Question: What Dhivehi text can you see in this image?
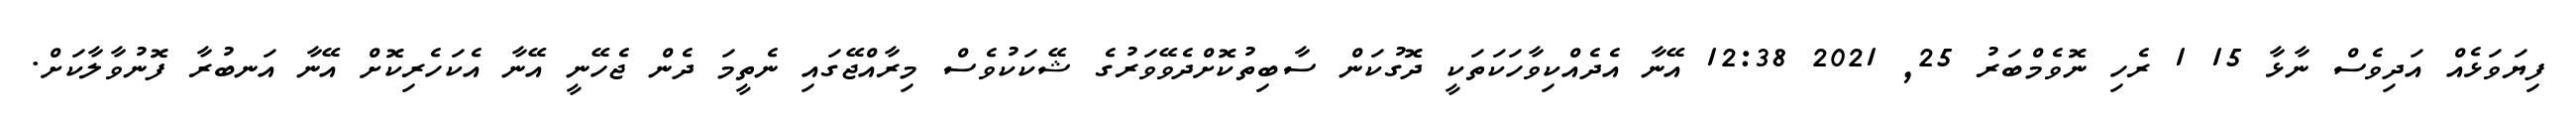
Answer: ފިޔަވަޅެއް އަދިވެސް ނާޅާ 15 1 ރެހި ނޮވެމްބަރު 25, 2021 12:38 އޭނާ އެދެއްކިވާހަކަތަކީ ދޮގުކަން ސާބިތުކޮށްދެވޭވަރުގެ ޝޭކަކުވެސް މިރާއްޖޭގައި ނެތީމަ ދެން ޖެހޭނީ އޭނާ އެކަހެރިކޮށް އޭނާ އަނބުރާ ފޮނުވާލާކަށް.